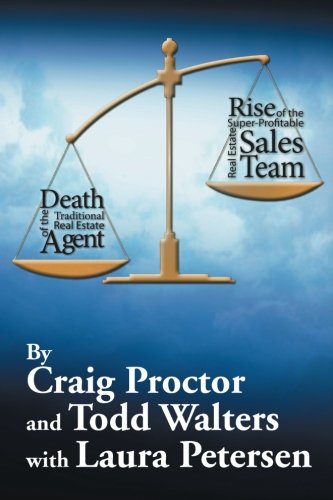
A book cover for Death of the Traditional Real Estate Agent: Rise of the Super-Profitable Real Estate Sales Team; Craig Proctor; Business & Money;